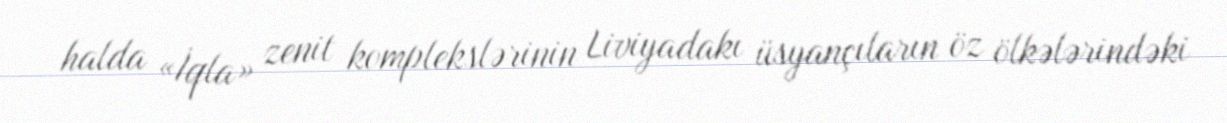
halda «İqla» zenit komplekslərinin Liviyadakı üsyançıların öz ölkələrindəki